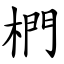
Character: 椚